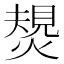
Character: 𤍮